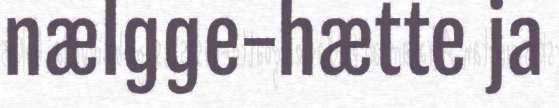
nælgge-hætte ja